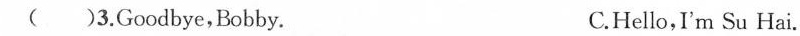
( )3.Goodbye,Bobby. C.Hello,I'm Su Hai.